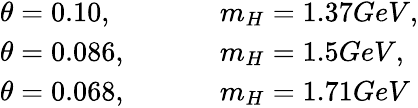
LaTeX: \begin{array}{ll}{{\theta=0.10,~~~~~~~~~}}&{{m_{H}=1.37GeV,}}\\ {{\theta=0.086,~~~~~~~~~}}&{{m_{H}=1.5GeV,}}\\ {{\theta=0.068,~~~~~~~~~}}&{{m_{H}=1.71GeV}}\end{array}